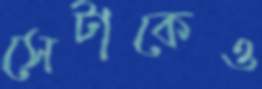
সেটাকেও